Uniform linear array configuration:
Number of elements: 8
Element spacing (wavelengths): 1
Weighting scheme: binomial
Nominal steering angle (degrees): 45
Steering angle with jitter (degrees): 44.847
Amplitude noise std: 0.05
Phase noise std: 0.05

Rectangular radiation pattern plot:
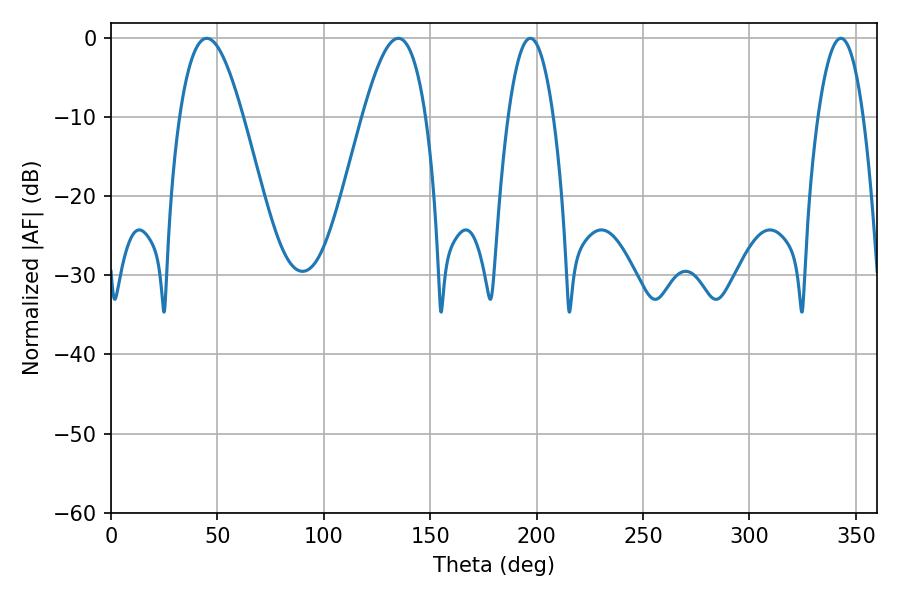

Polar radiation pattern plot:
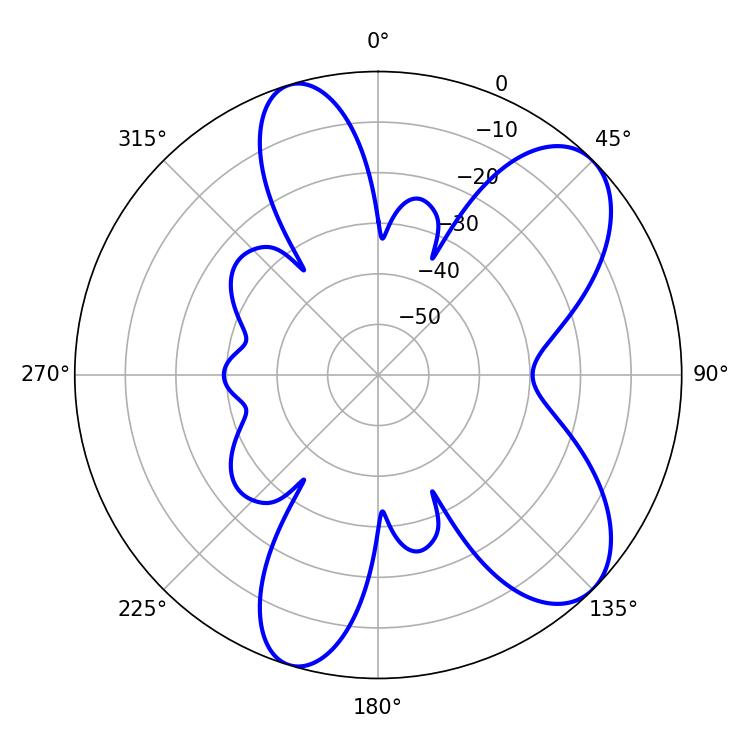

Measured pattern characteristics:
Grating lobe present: TRUE
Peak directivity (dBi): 8.111
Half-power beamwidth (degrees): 16.02
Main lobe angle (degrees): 45